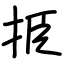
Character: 挋